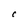
Character: C